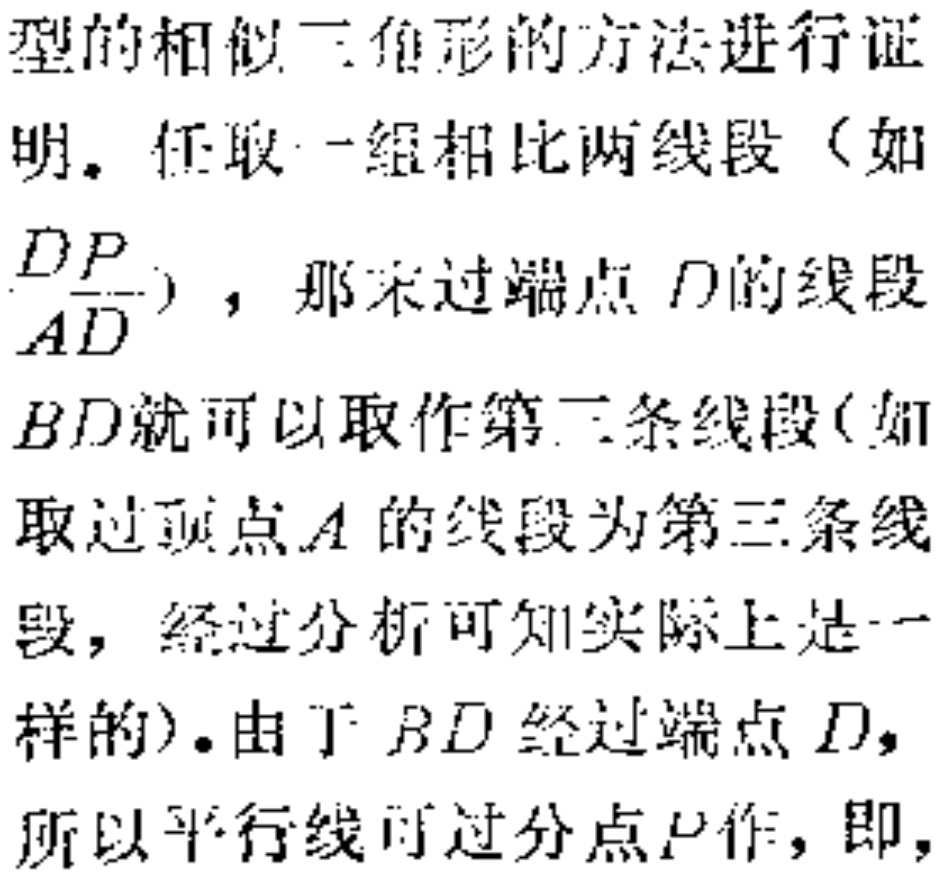
型的相似三角形的方法进行证
明. 任取一组相比两线段（如
$\frac{DP}{AD}$），那末过端点 \(D\) 的线段
\(BD\) 就可以取作第二条线段(如
取过顶点 \(A\) 的线段为第三条线
段，经过分析可知实际上是一
样的).由于 \(BD\) 经过端点 \(D\)，
所以平行线可过分点 \(P\) 作，即，